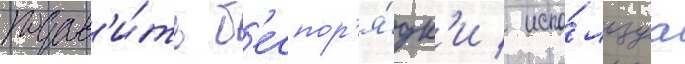
подав'и́ть б'еспор'я́дк'и / испо́льзуа